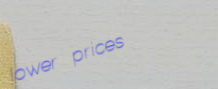
lower prices